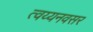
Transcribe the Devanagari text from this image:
त्वय्यनवसर